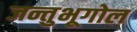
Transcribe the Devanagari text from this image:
जन्तुभूगोल